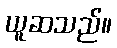
ယူဆသည်။